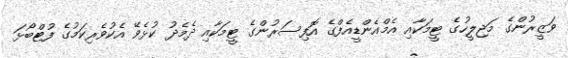
ވަޒީރުންގެ މަޖިލީހުގެ ޓީމަކާއި އެމްއެންޑީއެފްގެ އޮފިސަރުންގެ ޓީމަކާއި ދެމެދު ކުޅެވޭ އެކުވެރިކަމުގެ ފުޓްބޯޅަ